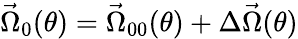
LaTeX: \vec{\Omega}_{0}(\theta)=\vec{\Omega}_{00}(\theta)+\Delta\vec{\Omega}(\theta)